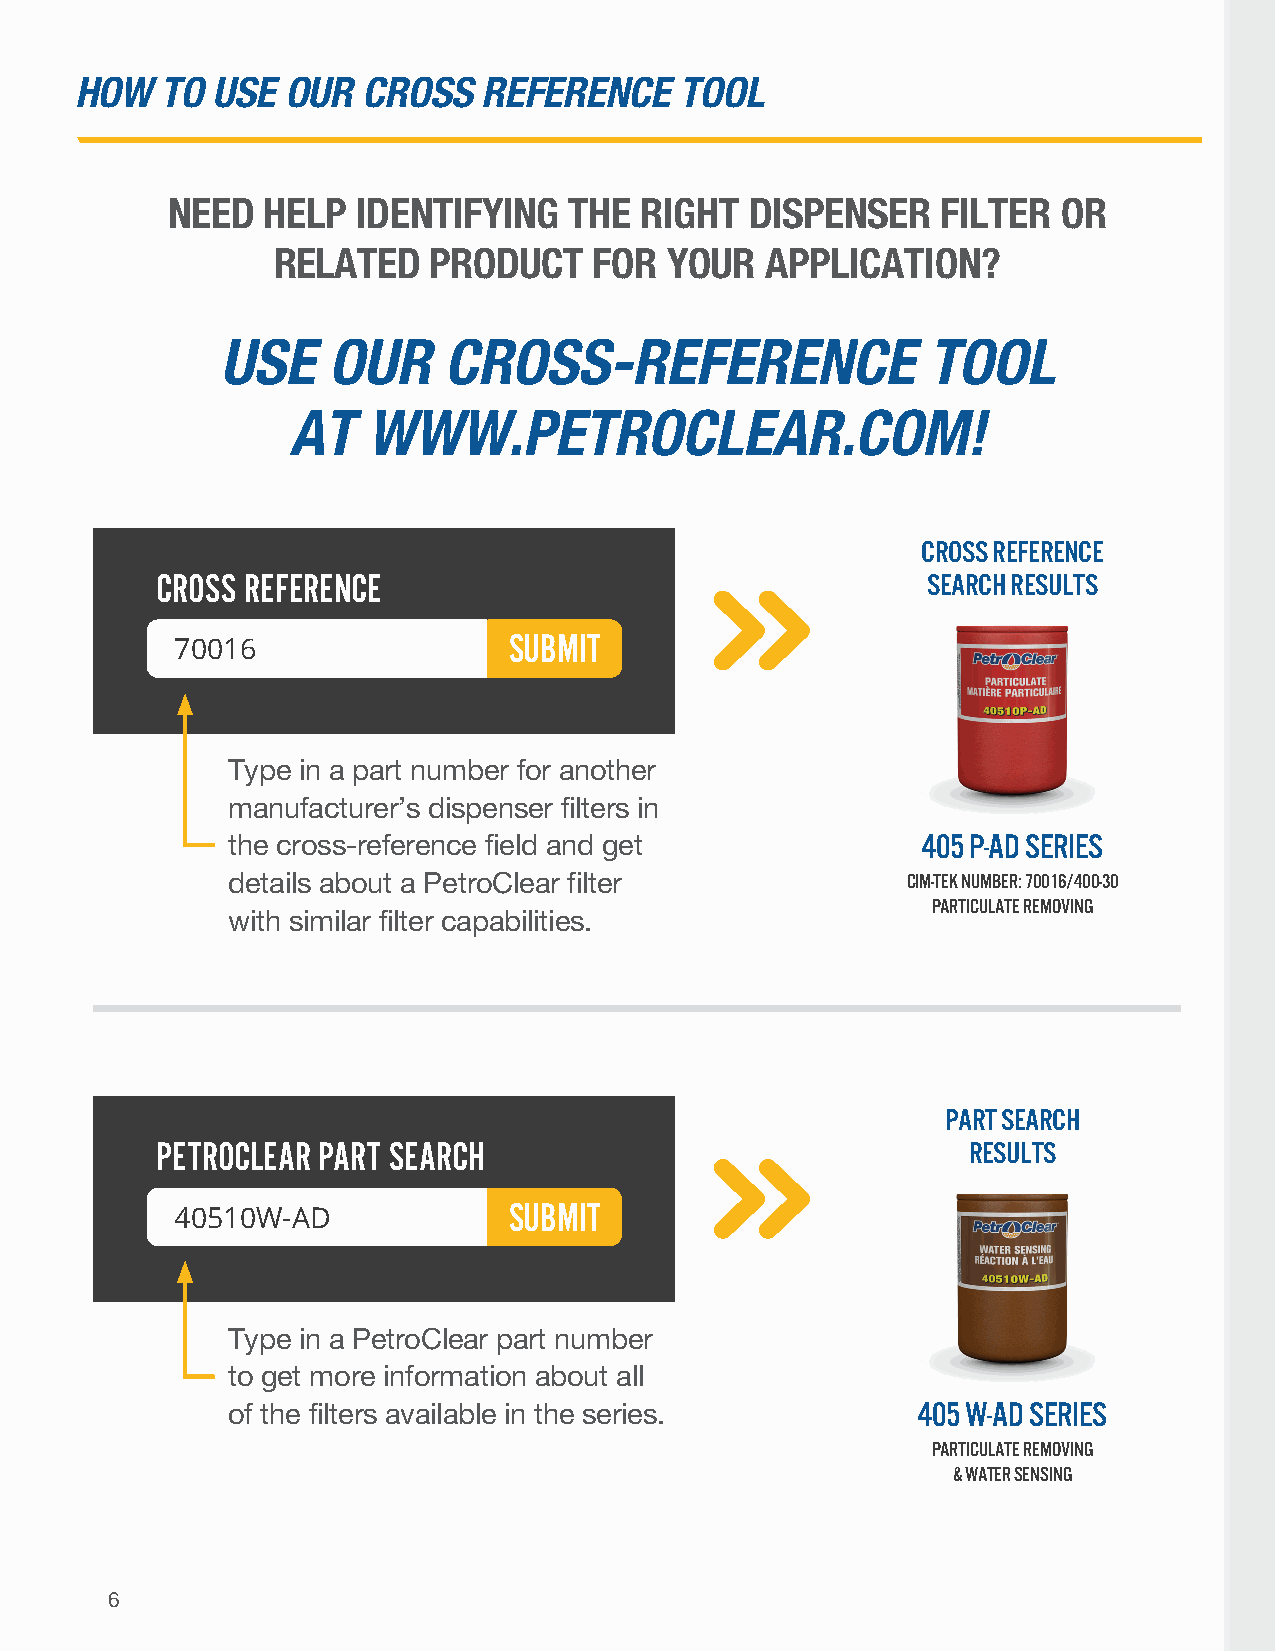
HOW   TO USE  OUR  CROSS   REFERENCE    TOOL
 NEED  HELP   IDENTIFYING   THE RIGHT   DISPENSER   FILTER  OR
 RELATED   PRODUCT    FOR  YOUR   APPLICATION?
 USE    OUR    CROSS-REFERENCE                 TOOL
 AT   WWW.PETROCLEAR.COM!
 CROSS REFERENCE
 CROSS REFERENCE                                    SEARCH RESULTS
 SUBMIT
 70016
 Type in a part number for another
 manufacturer’s dispenser filters in
 the cross-reference field and get             405 P-AD SERIES
 details about a PetroClear filter            CIM-TEK NUMBER: 70016/400-30
 PARTICULATE REMOVING
 with similar filter capabilities.
 PART SEARCH
 PETROCLEAR PART SEARCH                                RESULTS
 SUBMIT
 40510W-AD
 Type in a PetroClear part number
 to get more information about all
 of the filters available in the series.       405 W-AD SERIES
 PARTICULATE REMOVING
 & WATER SENSING
 6